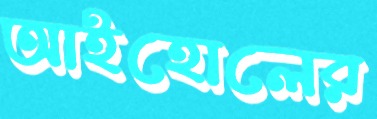
আইহোলের